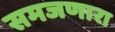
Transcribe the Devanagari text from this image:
समजणारा